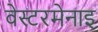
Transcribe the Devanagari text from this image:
वेस्टरमेनाइ